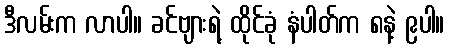
ဒီလမ်းက လာပါ။ ခင်ဗျားရဲ့ ထိုင်ခုံ နံပါတ်က ၈နဲ့ ၉ပါ။